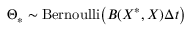
\Theta _ { \ast } \sim \operatorname { B e r n o u l l i } \! \left( B ( X ^ { \ast } , X ) \Delta { t } \right)